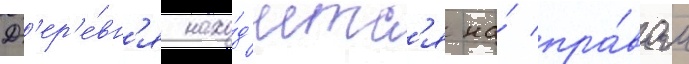
Д'ер'е́вн'я нахо́д'итс'я на́ пра́вом